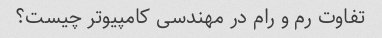
تفاوت رم و رام در مهندسی کامپیوتر چیست؟